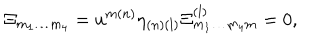
\Xi _ { { m } _ { { 1 } } \ldots { m } _ { { 4 } } } = u ^ { { m ( n ) } } \eta _ { { ( n ) ( l ) } } \Xi _ { { m } _ { { 1 } } \ldots { m } _ { { 4 } } { m } } ^ { { ( l ) } } = 0 ,